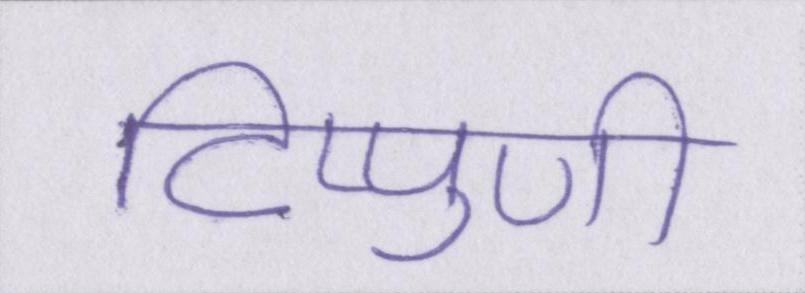
टिप्पुणी